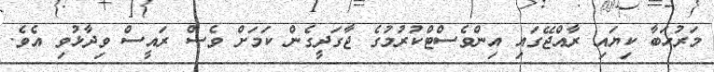
މަރުހަބާ ކިޔައި ރާއްޖޭގައި އިންވެސްޓްކުރުމުގެ ޖާގަދީގެން ކަަަމަށް ވެސް ރައީސް ވިދާޅުވި އެވެ.